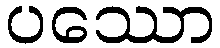
ပဿော